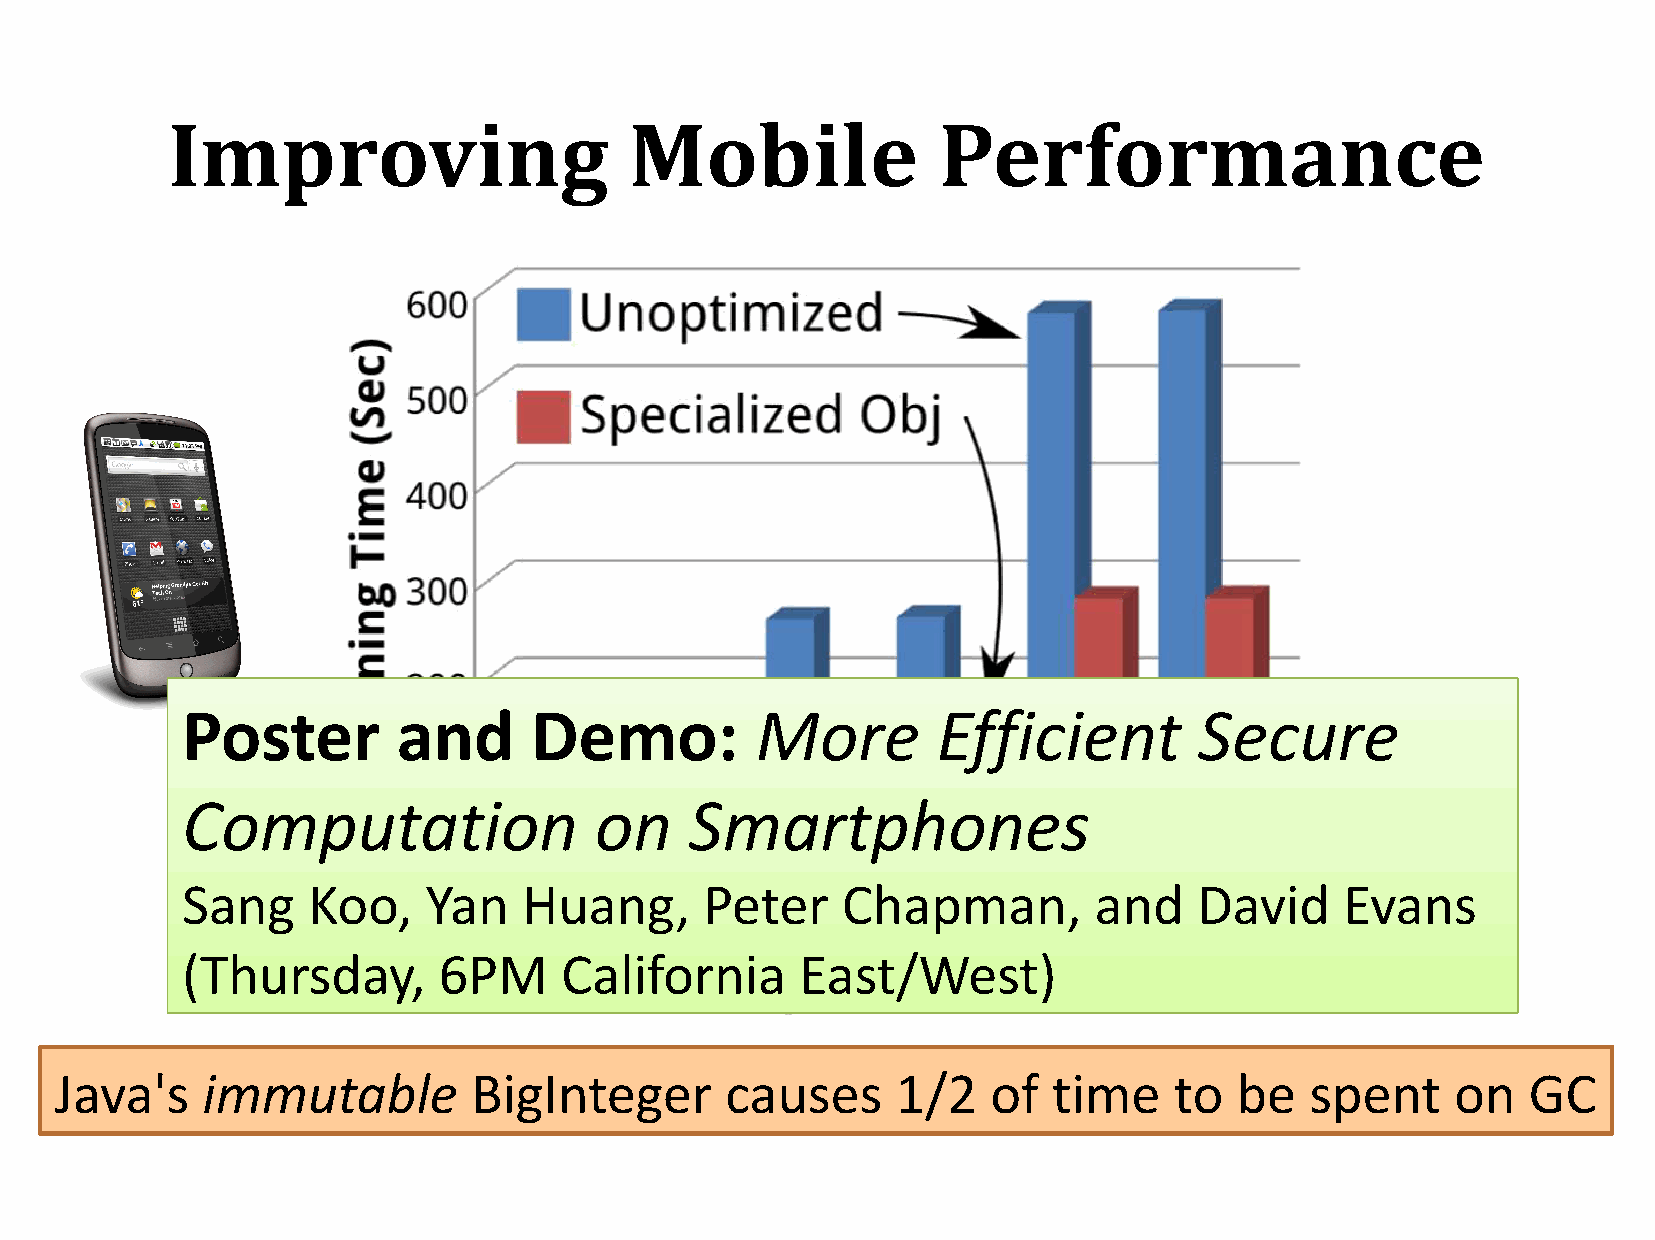
Improving                      Mobile              Performance
 Poster        and      Demo:          More        Efficient        Secure
 Computation                on     Smartphones
 Sang    Koo,    Yan    Huang,      Peter    Chapman,        and    David     Evans
 (Thursday,       6PM     California      East/West)
 Java's   immutable         BigInteger       causes     1/2    of  time    to  be   spent    on   GC